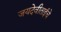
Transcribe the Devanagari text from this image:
जयदेवीताईचे